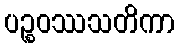
ပဉ္စဝဿသတိကာ